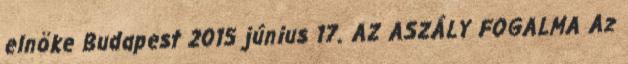
elnöke Budapest 2015 június 17. AZ ASZÁLY FOGALMA Az